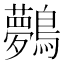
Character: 𪇓